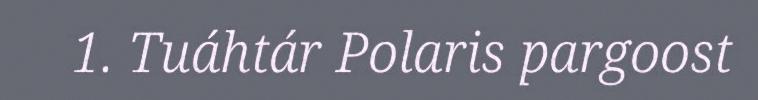
1. Tuáhtár Polaris pargoost